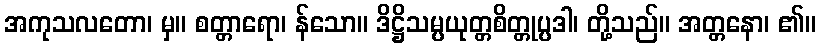
အကုသလတော၊ မှ။ စတ္တာရော၊ န်သော။ ဒိဋ္ဌိသမ္ပယုတ္တစိတ္တုပ္ပဒါ၊ တို့သည်။ အတ္တနော၊ ၏။